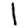
Digit: 1